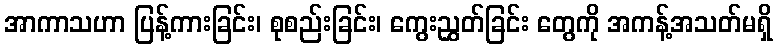
အာကာသဟာ ပြန့်ကားခြင်း၊ စုစည်းခြင်း၊ ကွေးညွှတ်ခြင်း တွေကို အကန့်အသတ်မရှိ